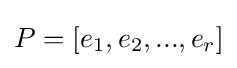
P=[e_{1},e_{2},...,e_{r}]